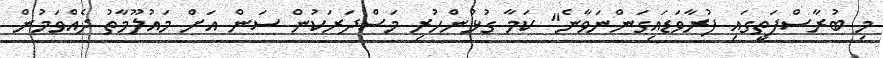
މި ބުރާސްފަތީގައި ފުރާވަޑައިގަންނަވާނެ" ކަމާ ގުޅުންހުރި މަސްދަރަކުން ސަން އަށް މައުލޫމާތު ދެއްވަމުން